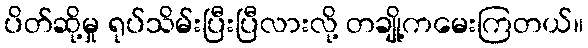
ပိတ်ဆို့မှု ရုပ်သိမ်းပြီးပြီလားလို့ တချို့ကမေးကြတယ်။